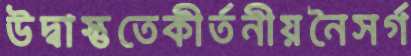
উদ্বাস্তুতেকীর্তনীয়নৈসর্গ